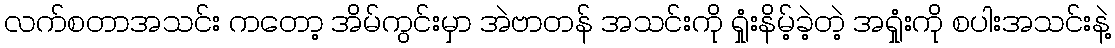
လက်စတာအသင်း ကတော့ အိမ်ကွင်းမှာ အဲဗာတန် အသင်းကို ရှုံးနိမ့်ခဲ့တဲ့ အရှုံးကို စပါးအသင်းနဲ့